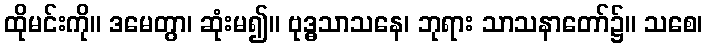
ထိုမင်းကို။ ဒမေတွာ၊ ဆုံးမ၍။ ဗုဒ္ဓသာသနေ၊ ဘုရား သာသနာတော်၌။ သစေ၊